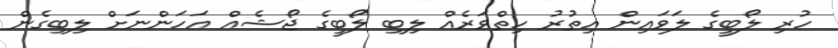
ހުރި ލޯބީގެ ލަވައިން އިތުރު ހިތްވަރެއް ލިބި ލޯބީގެ ޖޯޝެއް އަހަންނަށް ލިބިގެން